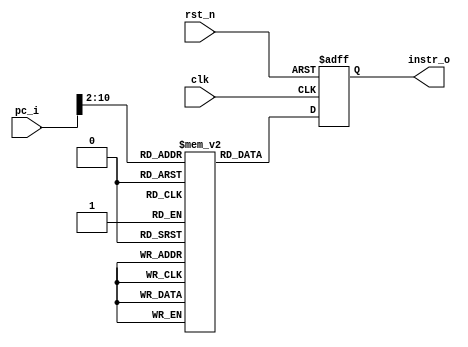
// This program was cloned from: https://github.com/matiasilva/riscv-cpu
// License: GNU General Public License v3.0

/*
this can be implemented as BRAM on FPGA
*/

module instrmem #(
    parameter PRELOAD = 0,
    parameter PRELOAD_FILE = "",
    parameter HARDCODED = 0
) (
    input clk,  // Clock
    input rst_n,  // Asynchronous reset active low
    input [31:0] pc_i,
    output [31:0] instr_o
);

  localparam MEM_SIZE = 512;

  // 512 bytes, 128 words
  reg [31:0] mem[MEM_SIZE - 1:0];
  reg [31:0] next_instr;

  wire [31:0] pc_aligned = pc_i >> 2;

  integer i;

  initial begin
    if (PRELOAD) begin
      if (PRELOAD_FILE === "") begin
        $display("no preload file provided!");
        $finish;
      end
      $readmemh(PRELOAD_FILE, mem, 0, MEM_SIZE - 1);
    end
    if (HARDCODED) begin
      mem[0] <= 32'h07b00093;  // addi x1, x0, 123
      mem[1] <= 32'h00500113;  // addi x2, x0, 5
      mem[2] <= 32'h002081b3;  // add x3, x2, x1
    end
  end

  always @(posedge clk or negedge rst_n) begin
    if (~rst_n) begin
`ifdef FPGA
      for (i = 0; i < MEM_SIZE; i++) begin
        mem[i] <= 0;
      end
`endif
      next_instr <= 32'h00000013;  //  NOP
    end else begin
      next_instr <= mem[pc_aligned];
    end
  end

  assign instr_o = next_instr;

endmodule